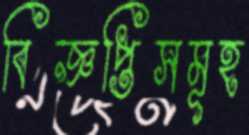
বিজ্ঞপ্তিসমূহ